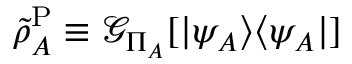
\tilde { \rho } _ { A } ^ { \mathrm { P } } \equiv \mathcal { G } _ { \Pi _ { A } } [ | \psi _ { A } \rangle \langle \psi _ { A } | ]